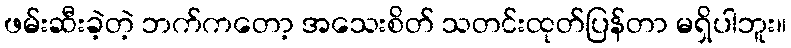
ဖမ်းဆီးခဲ့တဲ့ ဘက်ကတော့ အသေးစိတ် သတင်းထုတ်ပြန်တာ မရှိပါဘူး။